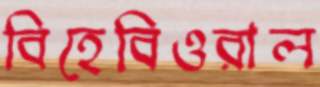
বিহেবিওরাল